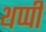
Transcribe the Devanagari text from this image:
थप्पी